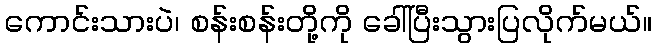
ကောင်းသားပဲ၊ စန်းစန်းတို့ကို ခေါ်ပြီးသွားပြလိုက်မယ်။